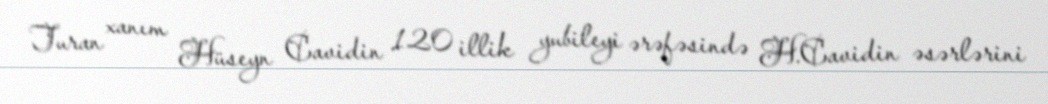
Turan xanım Hüseyn Cavidin 120 illik yubileyi ərəfəsində H.Cavidin əsərlərini